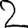
Digit: 2